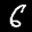
Label: 6